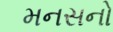
મનસનો